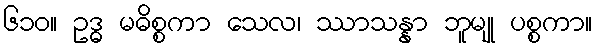
၆၁၀။ ဥဒ္ဓ မဓိစ္စကာ သေလ၊ ဿာသန္နာ ဘူမျု ပစ္စကာ။